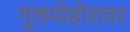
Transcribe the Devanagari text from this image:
गुलमोहोरावर